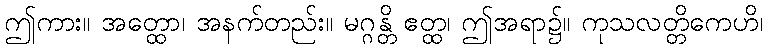
ဤကား။ အတ္ထော၊ အနက်တည်း။ မဂ္ဂန္တိ ဧတ္ထ၊ ဤအရာ၌။ ကုသလတ္တိကေဟိ၊